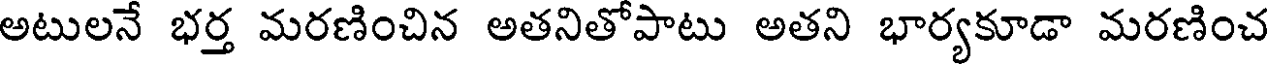
అటులనే భర్త మరణించిన అతనితోపాటు అతని భార్యకూడా మరణించ